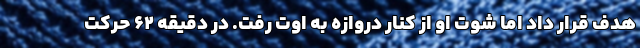
هدف قرار داد اما شوت او از کنار دروازه به اوت رفت. در دقیقه ۶۲ حرکت